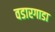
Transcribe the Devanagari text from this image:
वडारगाडा